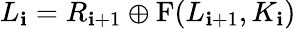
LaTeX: L_{\mathbf{i}}=R_{\mathbf{i}+1}\oplus\mathrm{{{F}}}(L_{\mathbf{i}+1},K_{\mathbf{i}})